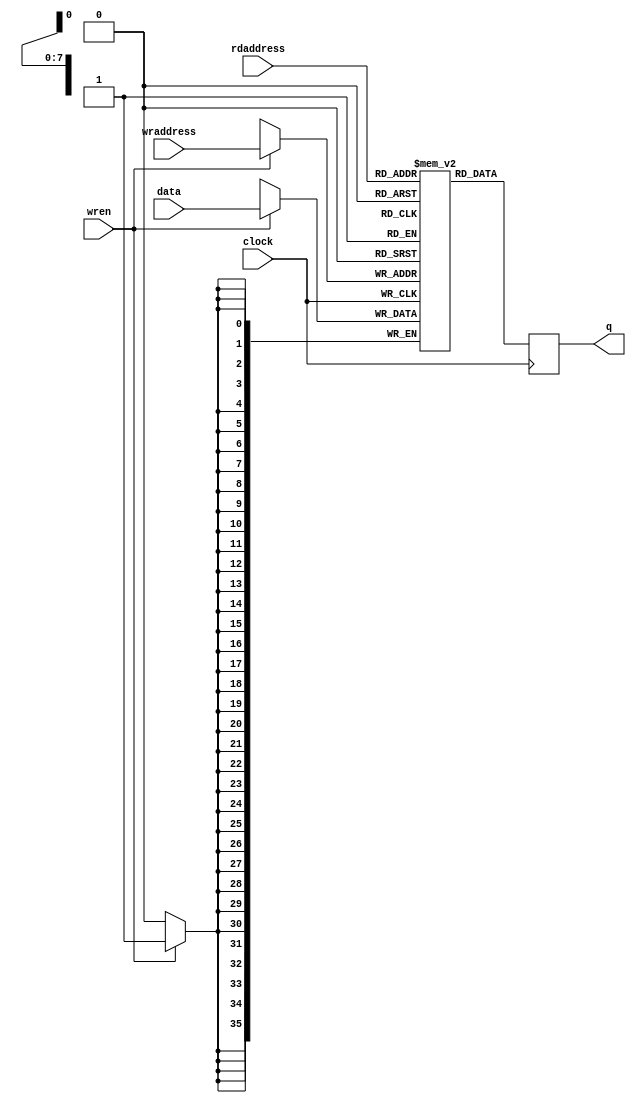
// megafunction wizard: %RAM: 2-PORT%
// GENERATION: STANDARD
// VERSION: WM1.0
// MODULE: altsyncram 

// ============================================================
// Megafunction Name(s):
// 			altsyncram
//
// Simulation Library Files(s):
// 			altera_mf
// ============================================================
// ************************************************************
// THIS IS A WIZARD-GENERATED FILE. DO NOT EDIT THIS FILE!
//
// 14.0.1 Build 205 08/13/2014 SJ Web Edition
// ************************************************************


//Copyright (C) 1991-2014 Altera Corporation. All rights reserved.
//Your use of Altera Corporation's design tools, logic functions 
//and other software and tools, and its AMPP partner logic 
//functions, and any output files from any of the foregoing 
//(including device programming or simulation files), and any 
//associated documentation or information are expressly subject 
//to the terms and conditions of the Altera Program License 
//Subscription Agreement, the Altera Quartus II License Agreement,
//the Altera MegaCore Function License Agreement, or other 
//applicable license agreement, including, without limitation, 
//that your use is for the sole purpose of programming logic 
//devices manufactured by Altera and sold by Altera or its 
//authorized distributors.  Please refer to the applicable 
//agreement for further details.

`ifdef USE_ALTSYNCRAM

// synopsys translate_off
`timescale 1 ps / 1 ps
// synopsys translate_on
module firram36 (
	clock,
	data,
	rdaddress,
	wraddress,
	wren,
	q);

	input	  clock;
	input	[35:0]  data;
	input	[7:0]  rdaddress;
	input	[7:0]  wraddress;
	input	  wren;
	output	[35:0]  q;
`ifndef ALTERA_RESERVED_QIS
// synopsys translate_off
`endif
	tri1	  clock;
	tri0	  wren;
`ifndef ALTERA_RESERVED_QIS
// synopsys translate_on
`endif

	wire [35:0] sub_wire0;
	wire [35:0] q = sub_wire0[35:0];

	altsyncram	altsyncram_component (
				.address_a (wraddress),
				.address_b (rdaddress),
				.clock0 (clock),
				.data_a (data),
				.wren_a (wren),
				.q_b (sub_wire0),
				.aclr0 (1'b0),
				.aclr1 (1'b0),
				.addressstall_a (1'b0),
				.addressstall_b (1'b0),
				.byteena_a (1'b1),
				.byteena_b (1'b1),
				.clock1 (1'b1),
				.clocken0 (1'b1),
				.clocken1 (1'b1),
				.clocken2 (1'b1),
				.clocken3 (1'b1),
				.data_b ({36{1'b1}}),
				.eccstatus (),
				.q_a (),
				.rden_a (1'b1),
				.rden_b (1'b1),
				.wren_b (1'b0));
	defparam
		altsyncram_component.address_aclr_b = "NONE",
		altsyncram_component.address_reg_b = "CLOCK0",
		altsyncram_component.clock_enable_input_a = "BYPASS",
		altsyncram_component.clock_enable_input_b = "BYPASS",
		altsyncram_component.clock_enable_output_b = "BYPASS",
		altsyncram_component.intended_device_family = "Cyclone IV E",
		altsyncram_component.lpm_type = "altsyncram",
		altsyncram_component.numwords_a = 256,
		altsyncram_component.numwords_b = 256,
		altsyncram_component.operation_mode = "DUAL_PORT",
		altsyncram_component.outdata_aclr_b = "NONE",
		altsyncram_component.outdata_reg_b = "CLOCK0",
		altsyncram_component.power_up_uninitialized = "FALSE",
		altsyncram_component.read_during_write_mode_mixed_ports = "DONT_CARE",
		altsyncram_component.widthad_a = 8,
		altsyncram_component.widthad_b = 8,
		altsyncram_component.width_a = 36,
		altsyncram_component.width_b = 36,
		altsyncram_component.width_byteena_a = 1;


endmodule

// ============================================================
// CNX file retrieval info
// ============================================================
// Retrieval info: PRIVATE: ADDRESSSTALL_A NUMERIC "0"
// Retrieval info: PRIVATE: ADDRESSSTALL_B NUMERIC "0"
// Retrieval info: PRIVATE: BYTEENA_ACLR_A NUMERIC "0"
// Retrieval info: PRIVATE: BYTEENA_ACLR_B NUMERIC "0"
// Retrieval info: PRIVATE: BYTE_ENABLE_A NUMERIC "0"
// Retrieval info: PRIVATE: BYTE_ENABLE_B NUMERIC "0"
// Retrieval info: PRIVATE: BYTE_SIZE NUMERIC "9"
// Retrieval info: PRIVATE: BlankMemory NUMERIC "1"
// Retrieval info: PRIVATE: CLOCK_ENABLE_INPUT_A NUMERIC "0"
// Retrieval info: PRIVATE: CLOCK_ENABLE_INPUT_B NUMERIC "0"
// Retrieval info: PRIVATE: CLOCK_ENABLE_OUTPUT_A NUMERIC "0"
// Retrieval info: PRIVATE: CLOCK_ENABLE_OUTPUT_B NUMERIC "0"
// Retrieval info: PRIVATE: CLRdata NUMERIC "0"
// Retrieval info: PRIVATE: CLRq NUMERIC "0"
// Retrieval info: PRIVATE: CLRrdaddress NUMERIC "0"
// Retrieval info: PRIVATE: CLRrren NUMERIC "0"
// Retrieval info: PRIVATE: CLRwraddress NUMERIC "0"
// Retrieval info: PRIVATE: CLRwren NUMERIC "0"
// Retrieval info: PRIVATE: Clock NUMERIC "0"
// Retrieval info: PRIVATE: Clock_A NUMERIC "0"
// Retrieval info: PRIVATE: Clock_B NUMERIC "0"
// Retrieval info: PRIVATE: IMPLEMENT_IN_LES NUMERIC "0"
// Retrieval info: PRIVATE: INDATA_ACLR_B NUMERIC "0"
// Retrieval info: PRIVATE: INDATA_REG_B NUMERIC "0"
// Retrieval info: PRIVATE: INIT_FILE_LAYOUT STRING "PORT_B"
// Retrieval info: PRIVATE: INIT_TO_SIM_X NUMERIC "0"
// Retrieval info: PRIVATE: INTENDED_DEVICE_FAMILY STRING "Cyclone IV E"
// Retrieval info: PRIVATE: JTAG_ENABLED NUMERIC "0"
// Retrieval info: PRIVATE: JTAG_ID STRING "NONE"
// Retrieval info: PRIVATE: MAXIMUM_DEPTH NUMERIC "0"
// Retrieval info: PRIVATE: MEMSIZE NUMERIC "9216"
// Retrieval info: PRIVATE: MEM_IN_BITS NUMERIC "0"
// Retrieval info: PRIVATE: MIFfilename STRING ""
// Retrieval info: PRIVATE: OPERATION_MODE NUMERIC "2"
// Retrieval info: PRIVATE: OUTDATA_ACLR_B NUMERIC "0"
// Retrieval info: PRIVATE: OUTDATA_REG_B NUMERIC "1"
// Retrieval info: PRIVATE: RAM_BLOCK_TYPE NUMERIC "0"
// Retrieval info: PRIVATE: READ_DURING_WRITE_MODE_MIXED_PORTS NUMERIC "2"
// Retrieval info: PRIVATE: READ_DURING_WRITE_MODE_PORT_A NUMERIC "3"
// Retrieval info: PRIVATE: READ_DURING_WRITE_MODE_PORT_B NUMERIC "3"
// Retrieval info: PRIVATE: REGdata NUMERIC "1"
// Retrieval info: PRIVATE: REGq NUMERIC "1"
// Retrieval info: PRIVATE: REGrdaddress NUMERIC "1"
// Retrieval info: PRIVATE: REGrren NUMERIC "1"
// Retrieval info: PRIVATE: REGwraddress NUMERIC "1"
// Retrieval info: PRIVATE: REGwren NUMERIC "1"
// Retrieval info: PRIVATE: SYNTH_WRAPPER_GEN_POSTFIX STRING "0"
// Retrieval info: PRIVATE: USE_DIFF_CLKEN NUMERIC "0"
// Retrieval info: PRIVATE: UseDPRAM NUMERIC "1"
// Retrieval info: PRIVATE: VarWidth NUMERIC "0"
// Retrieval info: PRIVATE: WIDTH_READ_A NUMERIC "36"
// Retrieval info: PRIVATE: WIDTH_READ_B NUMERIC "36"
// Retrieval info: PRIVATE: WIDTH_WRITE_A NUMERIC "36"
// Retrieval info: PRIVATE: WIDTH_WRITE_B NUMERIC "36"
// Retrieval info: PRIVATE: WRADDR_ACLR_B NUMERIC "0"
// Retrieval info: PRIVATE: WRADDR_REG_B NUMERIC "0"
// Retrieval info: PRIVATE: WRCTRL_ACLR_B NUMERIC "0"
// Retrieval info: PRIVATE: enable NUMERIC "0"
// Retrieval info: PRIVATE: rden NUMERIC "0"
// Retrieval info: LIBRARY: altera_mf altera_mf.altera_mf_components.all
// Retrieval info: CONSTANT: ADDRESS_ACLR_B STRING "NONE"
// Retrieval info: CONSTANT: ADDRESS_REG_B STRING "CLOCK0"
// Retrieval info: CONSTANT: CLOCK_ENABLE_INPUT_A STRING "BYPASS"
// Retrieval info: CONSTANT: CLOCK_ENABLE_INPUT_B STRING "BYPASS"
// Retrieval info: CONSTANT: CLOCK_ENABLE_OUTPUT_B STRING "BYPASS"
// Retrieval info: CONSTANT: INTENDED_DEVICE_FAMILY STRING "Cyclone IV E"
// Retrieval info: CONSTANT: LPM_TYPE STRING "altsyncram"
// Retrieval info: CONSTANT: NUMWORDS_A NUMERIC "256"
// Retrieval info: CONSTANT: NUMWORDS_B NUMERIC "256"
// Retrieval info: CONSTANT: OPERATION_MODE STRING "DUAL_PORT"
// Retrieval info: CONSTANT: OUTDATA_ACLR_B STRING "NONE"
// Retrieval info: CONSTANT: OUTDATA_REG_B STRING "CLOCK0"
// Retrieval info: CONSTANT: POWER_UP_UNINITIALIZED STRING "FALSE"
// Retrieval info: CONSTANT: READ_DURING_WRITE_MODE_MIXED_PORTS STRING "DONT_CARE"
// Retrieval info: CONSTANT: WIDTHAD_A NUMERIC "8"
// Retrieval info: CONSTANT: WIDTHAD_B NUMERIC "8"
// Retrieval info: CONSTANT: WIDTH_A NUMERIC "36"
// Retrieval info: CONSTANT: WIDTH_B NUMERIC "36"
// Retrieval info: CONSTANT: WIDTH_BYTEENA_A NUMERIC "1"
// Retrieval info: USED_PORT: clock 0 0 0 0 INPUT VCC "clock"
// Retrieval info: USED_PORT: data 0 0 36 0 INPUT NODEFVAL "data[35..0]"
// Retrieval info: USED_PORT: q 0 0 36 0 OUTPUT NODEFVAL "q[35..0]"
// Retrieval info: USED_PORT: rdaddress 0 0 8 0 INPUT NODEFVAL "rdaddress[7..0]"
// Retrieval info: USED_PORT: wraddress 0 0 8 0 INPUT NODEFVAL "wraddress[7..0]"
// Retrieval info: USED_PORT: wren 0 0 0 0 INPUT GND "wren"
// Retrieval info: CONNECT: @address_a 0 0 8 0 wraddress 0 0 8 0
// Retrieval info: CONNECT: @address_b 0 0 8 0 rdaddress 0 0 8 0
// Retrieval info: CONNECT: @clock0 0 0 0 0 clock 0 0 0 0
// Retrieval info: CONNECT: @data_a 0 0 36 0 data 0 0 36 0
// Retrieval info: CONNECT: @wren_a 0 0 0 0 wren 0 0 0 0
// Retrieval info: CONNECT: q 0 0 36 0 @q_b 0 0 36 0
// Retrieval info: GEN_FILE: TYPE_NORMAL firram36.v TRUE
// Retrieval info: GEN_FILE: TYPE_NORMAL firram36.inc FALSE
// Retrieval info: GEN_FILE: TYPE_NORMAL firram36.cmp FALSE
// Retrieval info: GEN_FILE: TYPE_NORMAL firram36.bsf FALSE
// Retrieval info: GEN_FILE: TYPE_NORMAL firram36_inst.v FALSE
// Retrieval info: GEN_FILE: TYPE_NORMAL firram36_bb.v FALSE
// Retrieval info: LIB_FILE: altera_mf



`else



// synopsys translate_off
`timescale 1 ps / 1 ps
// synopsys translate_on
module firram36 (
    clock,
    data,
    rdaddress,
    wraddress,
    wren,
    q);

    input     clock;
    input   [35:0]  data;
    input   [7:0]  rdaddress;
    input   [7:0]  wraddress;
    input     wren;
    output  reg [35:0]  q;

    reg [35:0] ram[255:0];

    integer i;
    initial begin
        q = 0;
        for (i=0; i<256; i++) begin
            ram[i] =0;
        end
    end


    always @ (posedge clock)
    begin
        q <= ram[rdaddress];
        if (wren) ram[wraddress] <= data;
    end

endmodule


`endif